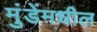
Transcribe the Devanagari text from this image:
मुंडेंमधील